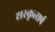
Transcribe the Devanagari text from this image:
शरकृत्‍सर्प